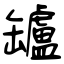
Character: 罏